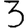
Digit: 3